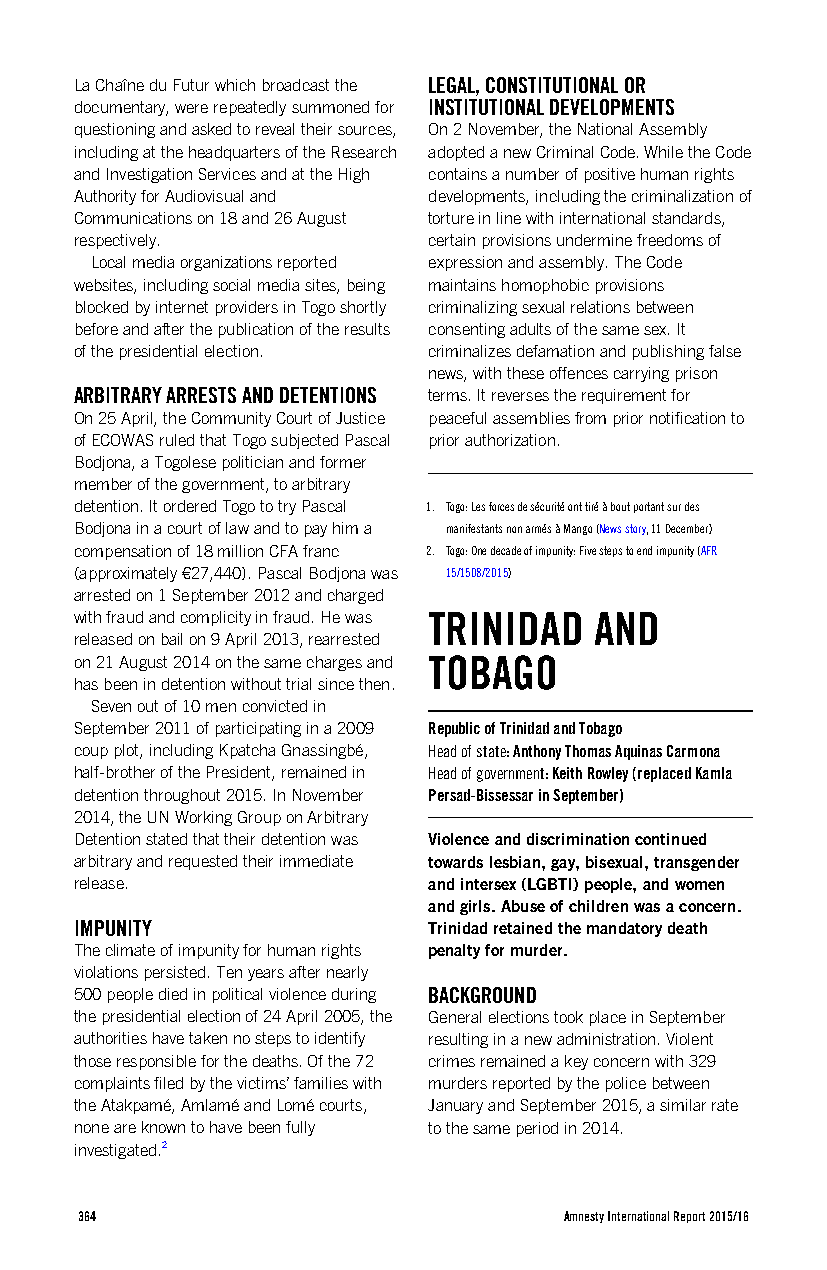
La Chaîne du Futur which broadcast the LEGAL, CONSTITUTIONAL OR
 documentary, were repeatedly summoned for INSTITUTIONAL DEVELOPMENTS
 questioning and asked to reveal their sources, On 2 November, the National Assembly
 including at the headquarters of the Research adopted a new Criminal Code. While the Code
 and Investigation Services and at the High contains a number of positive human rights
 Authority for Audiovisual and developments, including the criminalization of
 Communications on 18 and 26 August torture in line with international standards,
 respectively.          certain provisions undermine freedoms of
 Local media organizations reported expression and assembly. The Code
 websites, including social media sites, being maintains homophobic provisions
 blocked by internet providers in Togo shortly criminalizing sexual relations between
 before and after the publication of the results consenting adults of the same sex. It
 of the presidential election. criminalizes defamation and publishing false
 news, with these offences carrying prison
 ARBITRARY ARRESTS AND DETENTIONS terms. It reverses the requirement for
 On 25 April, the Community Court of Justice peaceful assemblies from prior notification to
 of ECOWAS ruled that Togo subjected Pascal prior authorization.
 Bodjona, a Togolese politician and former
 member of the government, to arbitrary
 detention. It ordered Togo to try Pascal 1. Togo: Les forces de sécurité ont tiré à bout portant sur des
 Bodjona in a court of law and to pay him a manifestants non armés à Mango (News story, 11 December)
 compensation of 18 million CFA franc 2. Togo: One decade of impunity: Five steps to end impunity (AFR
 (approximately €27,440). Pascal Bodjona was 15/1508/2015)
 arrested on 1 September 2012 and charged
 with fraud and complicity in fraud. He was TRINIDAD AND
 released on bail on 9 April 2013, rearrested
 on 21 August 2014 on the same charges and TOBAGO
 has been in detention without trial since then.
 Seven out of 10 men convicted in
 September 2011 of participating in a 2009 Republic of Trinidad and Tobago
 coup plot, including Kpatcha Gnassingbé, Head of state: Anthony Thomas Aquinas Carmona
 half-brother of the President, remained in Head of government: Keith Rowley (replaced Kamla
 detention throughout 2015. In November Persad-Bissessar in September)
 2014, the UN Working Group on Arbitrary
 Detention stated that their detention was Violence and discrimination continued
 arbitrary and requested their immediate towards lesbian, gay, bisexual, transgender
 release.               and intersex (LGBTI) people, and women
 and girls. Abuse of children was a concern.
 IMPUNITY               Trinidad retained the mandatory death
 The climate of impunity for human rights penalty for murder.
 violations persisted. Ten years after nearly
 500 people died in political violence during BACKGROUND
 the presidential election of 24 April 2005, the General elections took place in September
 authorities have taken no steps to identify resulting in a new administration. Violent
 those responsible for the deaths. Of the 72 crimes remained a key concern with 329
 complaints filed by the victims’ families with murders reported by the police between
 the Atakpamé, Amlamé and Lomé courts, January and September 2015, a similar rate
 none are known to have been fully to the same period in 2014.
 investigated.2
 364                             Amnesty International Report 2015/16